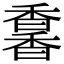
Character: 𩡌